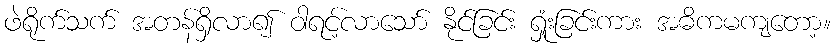
ဖဲရိုက်သက် အတန်ရှိလာ၍ ဝါရင့်လာသော် နိုင်ခြင်း ရှုံးခြင်းကား အဓိကမကျတော့။